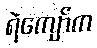
ရဲကျော်က